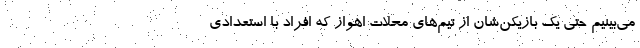
می‌بینیم حتی یک بازیکن‌شان از تیم‌های محلات اهواز که افراد با استعدادی